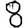
Digit: 8